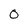
Character: 0